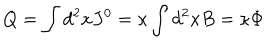
Q = \int d ^ { 2 } x J ^ { 0 } = \kappa \int d ^ { 2 } x B = \kappa \Phi